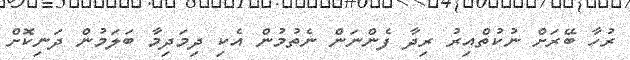
ރުހާ ބޭރަށް ނުކުތްއިރު ރިދާ ފެންނަން ނެތުމުން އެކި ދިމަދިމާ ބަލަމުން ދަނިކޮށް